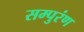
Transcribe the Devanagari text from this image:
सम्पुरंण